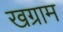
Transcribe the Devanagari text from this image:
खग्राम